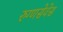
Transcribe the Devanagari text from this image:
रुग्णसेवेस